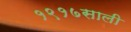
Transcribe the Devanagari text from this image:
१९१७साली